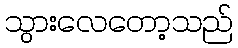
သွားလေတော့သည်